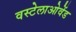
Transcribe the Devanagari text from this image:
वस्टेलाओवेंड